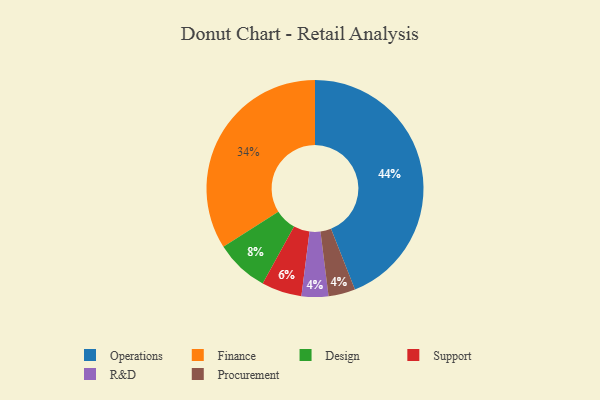
{"axis": {"x": "Category", "y": "Percentage"}, "legend": ["Design", "Finance", "Operations", "Procurement", "R&D", "Support"], "data": [{"x": "Support", "y": 6, "type": "Support"}, {"x": "Operations", "y": 44, "type": "Operations"}, {"x": "R&D", "y": 4, "type": "R&D"}, {"x": "Procurement", "y": 4, "type": "Procurement"}, {"x": "Finance", "y": 34, "type": "Finance"}, {"x": "Design", "y": 8, "type": "Design"}]}